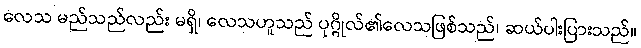
လေသ မည်သည်လည်း မရှိ၊ လေသဟူသည် ပုဂ္ဂိုလ်၏လေသဖြစ်သည်၊ ဆယ်ပါးပြားသည်။